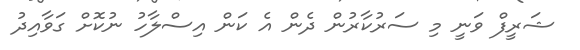
ޝަރީފް ވަނީ މި ސަރުކާރުން ދެން އެ ކަން އިސްލާހު ނުކޮށް ގަވާއިދު